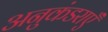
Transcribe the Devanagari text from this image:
अनुकंडराएँ